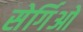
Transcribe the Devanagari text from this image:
सेर्गिओ